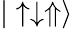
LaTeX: |\uparrow\downarrow\Uparrow\rangle